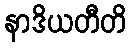
နာဒိယတီတိ